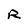
Character: R